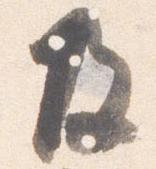
及